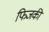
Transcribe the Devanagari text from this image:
फिजकी